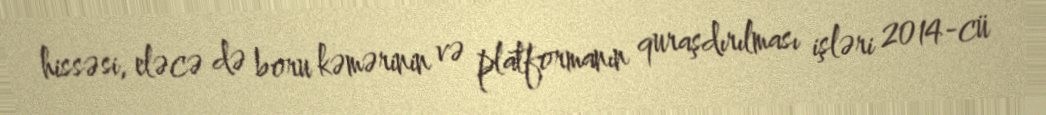
hissəsi, eləcə də boru kəmərinin və platformanın quraşdırılması işləri 2014-cü